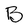
Character: B